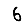
Digit: 6